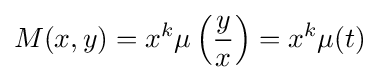
M(x,y)=x^{k}\mu \left({\frac {y}{x}}\right)=x^{k}\mu (t)